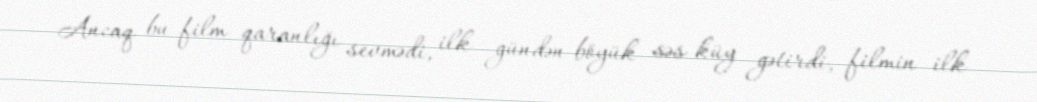
Ancaq bu film qaranlığı sevmədi, ilk gündən böyük səs-küy gətirdi, filmin ilk